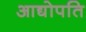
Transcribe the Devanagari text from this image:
आद्योपति